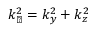
k _ { \perp } ^ { 2 } = k _ { y } ^ { 2 } + k _ { z } ^ { 2 }